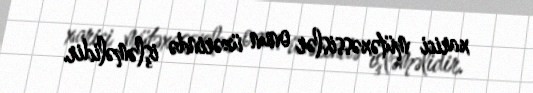
xarici mütəxəssislər onun üzərində işləməlidir.